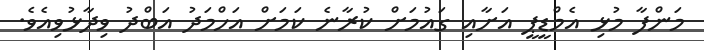
މަންފާ މުޅި އެމްޑީޕީ އަށާއި ގައުމަށް ކުރާނެ ކަމަށް އަހްމަދު އަބްދު ވިދާޅުވިއެވެ.